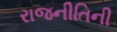
રાજનીતિની